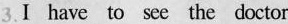
3.Ⅰ have to see the doctor